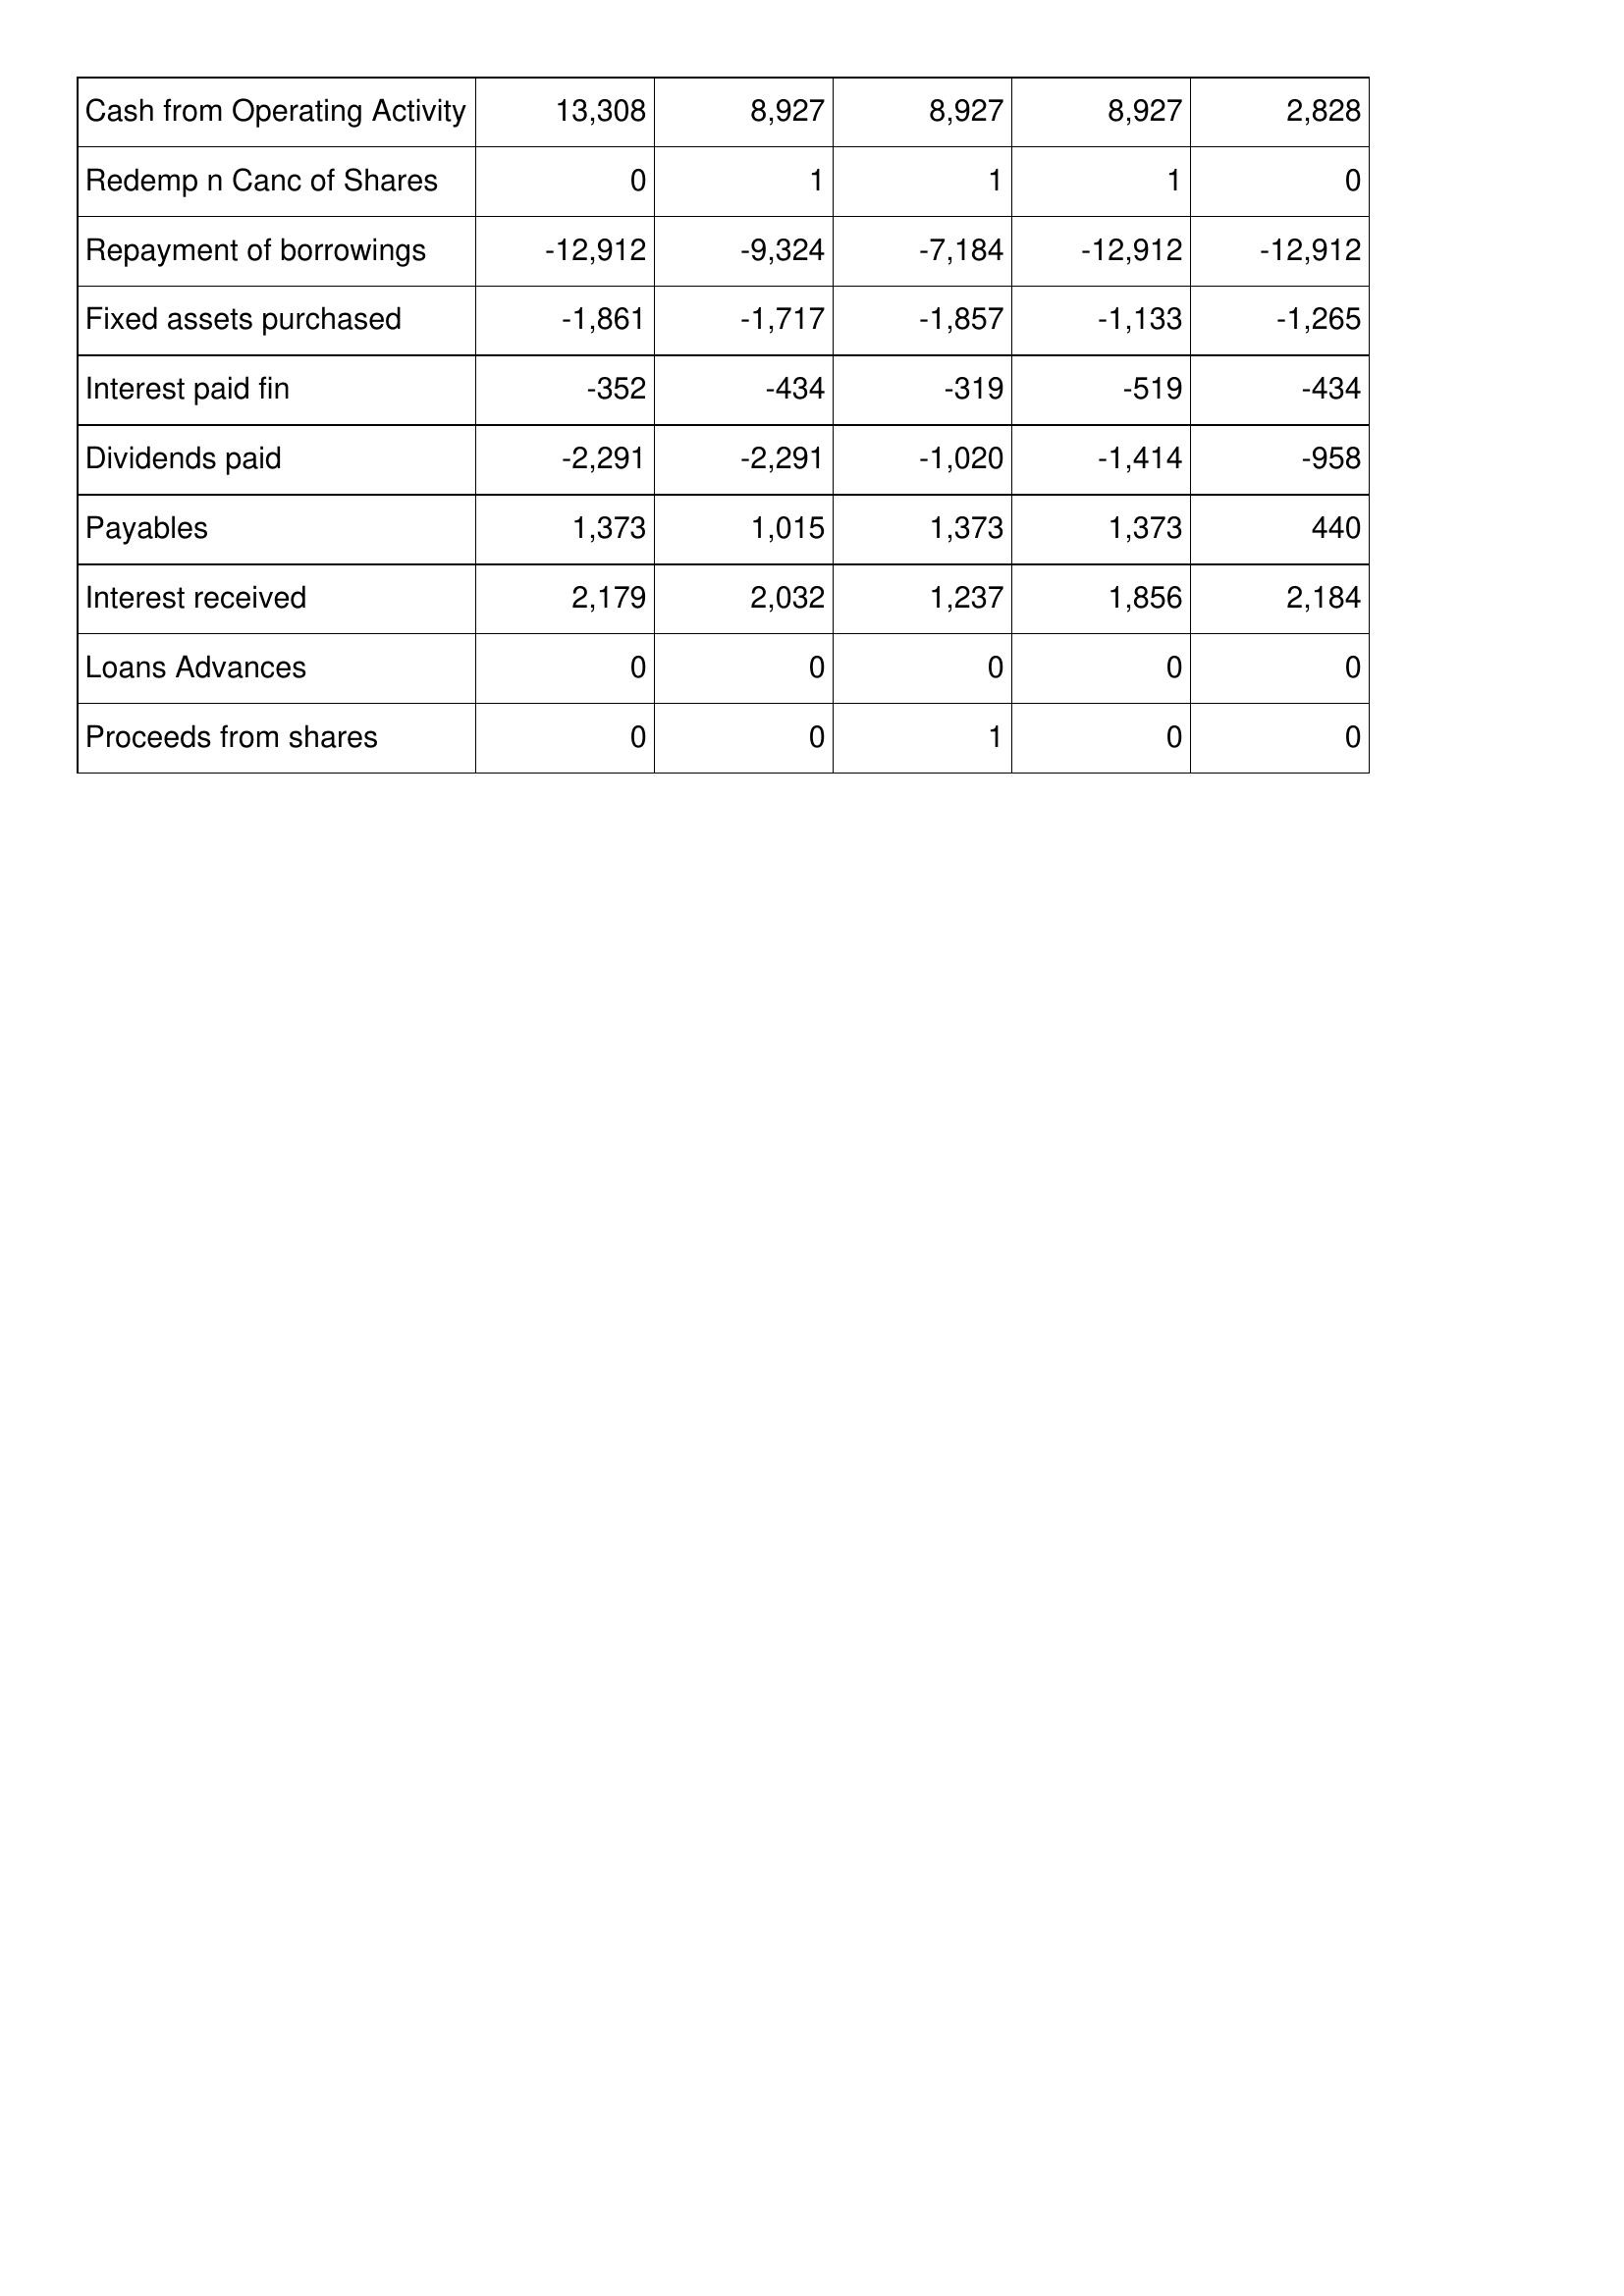
Dec-16: Cash Flows: Cash from Operating Activity: 13,308
Redemp n Canc of Shares: 0
Repayment of borrowings: -12,912
Fixed assets purchased: -1,861
Interest paid fin: -352
Dividends paid: -2,291
Payables: 1,373
Interest received: 2,179
Loans Advances: 0
Proceeds from shares: 0
Dec-17: Cash Flows: Cash from Operating Activity: 8,927
Redemp n Canc of Shares: 1
Repayment of borrowings: -9,324
Fixed assets purchased: -1,717
Interest paid fin: -434
Dividends paid: -2,291
Payables: 1,015
Interest received: 2,032
Loans Advances: 0
Proceeds from shares: 0
Dec-18: Cash Flows: Cash from Operating Activity: 8,927
Redemp n Canc of Shares: 1
Repayment of borrowings: -7,184
Fixed assets purchased: -1,857
Interest paid fin: -319
Dividends paid: -1,020
Payables: 1,373
Interest received: 1,237
Loans Advances: 0
Proceeds from shares: 1
Dec-19: Cash Flows: Cash from Operating Activity: 8,927
Redemp n Canc of Shares: 1
Repayment of borrowings: -12,912
Fixed assets purchased: -1,133
Interest paid fin: -519
Dividends paid: -1,414
Payables: 1,373
Interest received: 1,856
Loans Advances: 0
Proceeds from shares: 0
Dec-20: Cash Flows: Cash from Operating Activity: 2,828
Redemp n Canc of Shares: 0
Repayment of borrowings: -12,912
Fixed assets purchased: -1,265
Interest paid fin: -434
Dividends paid: -958
Payables: 440
Interest received: 2,184
Loans Advances: 0
Proceeds from shares: 0